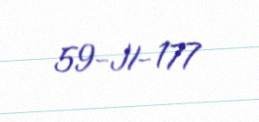
59-JI-177